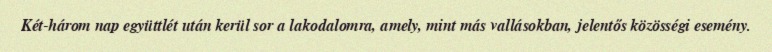
Két-három nap együttlét után kerül sor a lakodalomra, amely, mint más vallásokban, jelentős közösségi esemény.